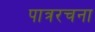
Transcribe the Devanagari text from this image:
पात्ररचना